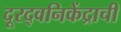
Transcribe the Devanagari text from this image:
दूरद्वनिकेंद्राची